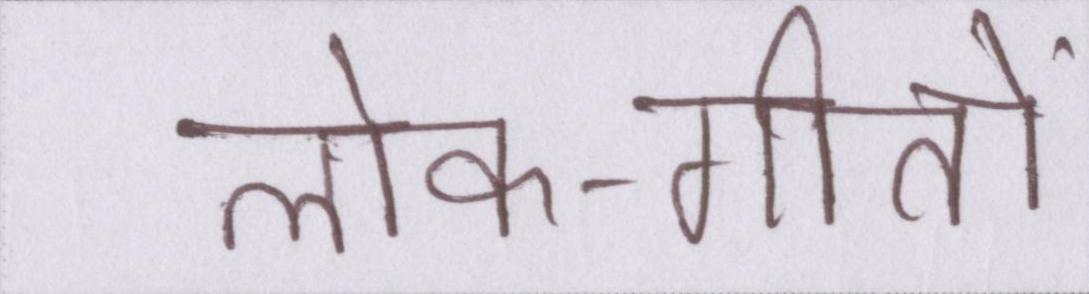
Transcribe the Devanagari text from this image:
लोक-गीतों